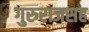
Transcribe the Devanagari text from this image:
गुरुराजसह